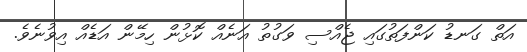
އަތް ގަނޑު ކަންފަތުގައި ޖެއްސި ވަގުތު އަނެއް ކޮޅުން ހިމޭން އަޑެއް އިވުނެވެ.